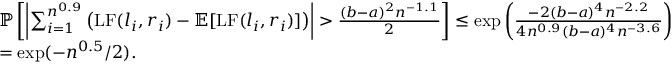
\begin{array} { r l } & { \mathbb P \left[ \left| \sum _ { i = 1 } ^ { n ^ { 0 . 9 } } \left( \mathrm { L F } ( l _ { i } , r _ { i } ) - \mathbb E [ \mathrm { L F } ( l _ { i } , r _ { i } ) ] \right) \right| > \frac { ( b - a ) ^ { 2 } n ^ { - 1 . 1 } } { 2 } \right] \le \exp \left( \frac { - 2 ( b - a ) ^ { 4 } n ^ { - 2 . 2 } } { 4 n ^ { 0 . 9 } ( b - a ) ^ { 4 } n ^ { - 3 . 6 } } \right) } \\ & { = \exp ( - n ^ { 0 . 5 } / 2 ) . } \end{array}